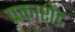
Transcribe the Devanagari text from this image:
प्रकाशेंद्र